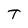
Character: T